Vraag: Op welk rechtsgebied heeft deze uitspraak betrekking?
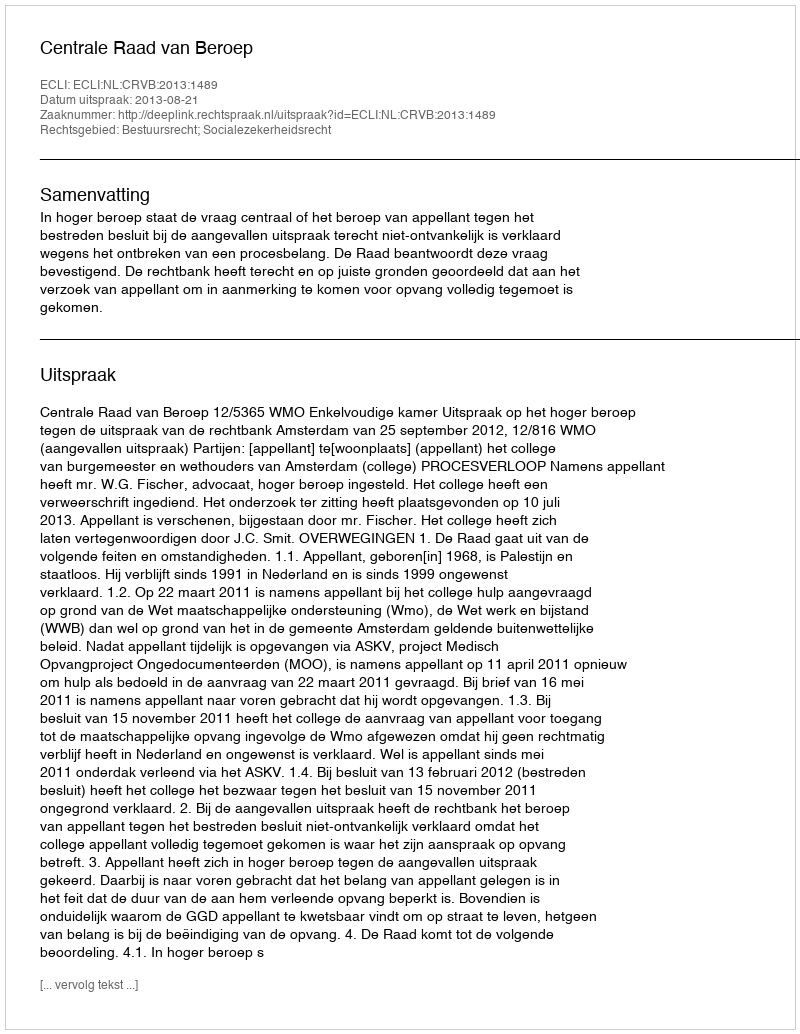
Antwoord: Bestuursrecht; Socialezekerheidsrecht